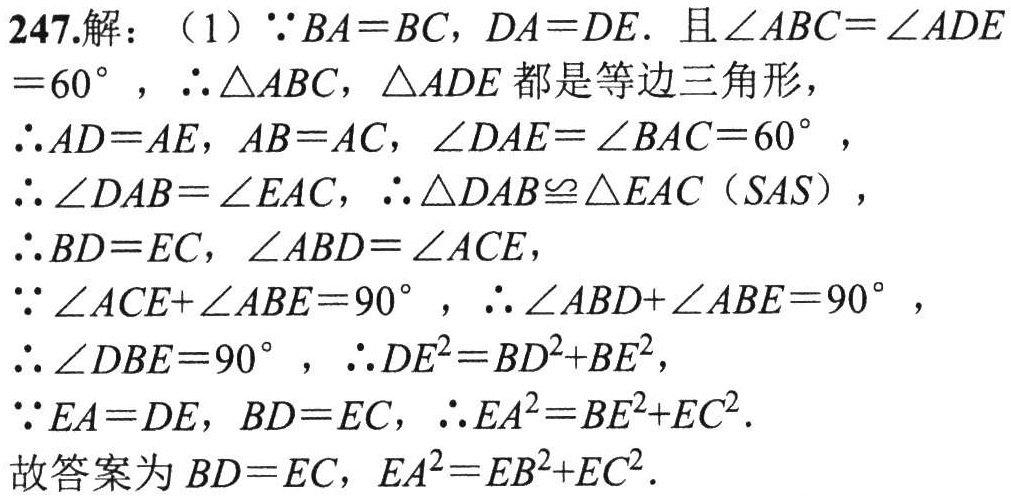
247.解：（1）\(\because BA = BC\)，\(DA = DE\). 且\(\angle ABC=\angle ADE\)
\( = 60^{\circ}\)，\(\therefore \triangle ABC\)，\(\triangle ADE\)都是等边三角形，
\(\therefore AD = AE\)，\(AB = AC\)，\(\angle DAE=\angle BAC = 60^{\circ}\)，
\(\therefore \angle DAB=\angle EAC\)，\(\therefore \triangle DAB\cong\triangle EAC\)（\(SAS\)），
\(\therefore BD = EC\)，\(\angle ABD=\angle ACE\)，
\(\because \angle ACE+\angle ABE = 90^{\circ}\)，\(\therefore \angle ABD+\angle ABE = 90^{\circ}\)，
\(\therefore \angle DBE = 90^{\circ}\)，\(\therefore DE^{2}=BD^{2}+BE^{2}\)，
\(\because EA = DE\)，\(BD = EC\)，\(\therefore EA^{2}=BE^{2}+EC^{2}\).
故答案为\(BD = EC\)，\(EA^{2}=EB^{2}+EC^{2}\).